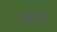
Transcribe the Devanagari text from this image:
ब्रह्मासि।